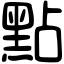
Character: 點